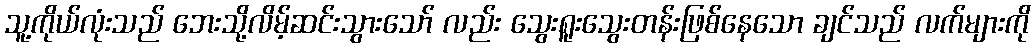
သူ့ကိုယ်လုံးသည် ဘေးသို့လိမ့်ဆင်းသွားသော် လည်း သွေးရူးသွေးတန်းဖြစ်နေသော ချင်သည် လက်များကို